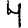
Digit: 4